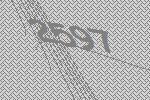
2597